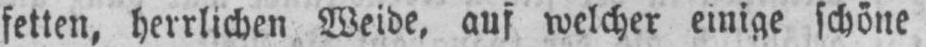
fetten, herrlichen Weide, auf welcher einige schöne